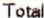
TOTAL